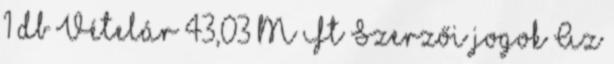
1 db Vételár 43,03 M Ft Szerzői jogok Az